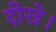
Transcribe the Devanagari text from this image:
दीखे।